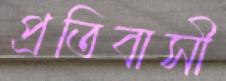
প্রতিবাসী